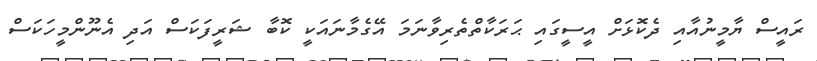
ރައީސް ޔާމީނުއާއި ދެކޮޅަށް އީސީގައި ޙަރަކާތްތެރިވާނަމަ އޭގެމާނައަކީ ކޮބާ ޝަރީފަކަސް އަދި އެނޫންމީހަކަސް